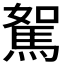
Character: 𩣉